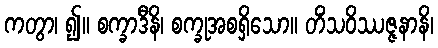
ကတွာ၊ ၍။ စက္ခာဒီနိ၊ စက္ခုအစရှိသော။ တိံသဝိဿဇ္ဇနာနိ၊